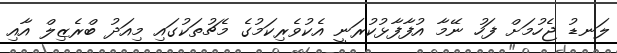
ލަނޑު ޖެހުމަށް ފަހު ނޭމާ އުފާފާޅުކުރަނީ އެކުވެރިކަމުގެ މެޗުތަކުގައި މިއަދު ބްރެޒިލް އާއި